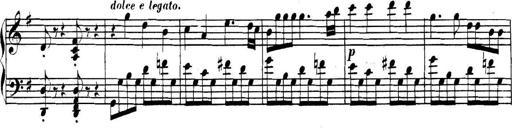
Title: Collected Piano Sonatas
Composer: Muzio Clementi